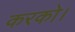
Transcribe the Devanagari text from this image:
करको।